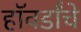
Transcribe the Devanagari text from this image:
हॉवर्डांचे